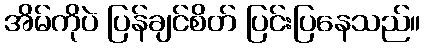
အိမ်ကိုပဲ ပြန်ချင်စိတ် ပြင်းပြနေသည်။